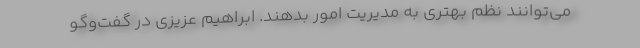
می‌توانند نظم بهتری به مدیریت امور بدهند. ابراهیم عزیزی در گفت‌وگو